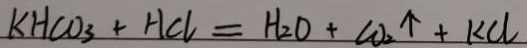
k H C O _ { 3 } + H C l = H _ { 2 } O + C O _ { 2 } \uparrow + K C l